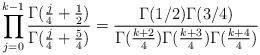
LaTeX: \begin{align*}\prod_{j=0}^{k-1}\frac{\Gamma(\frac{j}{4}+\frac{1}{2})}{\Gamma(\frac{j}{4}+\frac{5}{4})}= \frac{\Gamma(1/2)\Gamma(3/4)}{\Gamma(\frac{k+2}{4})\Gamma(\frac{k+3}{4})\Gamma(\frac{k+4}{4})}\end{align*}